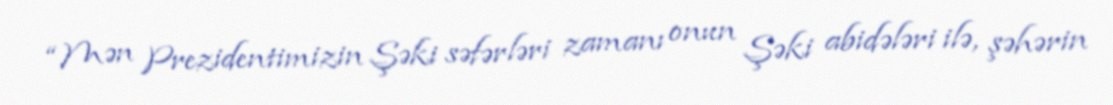
“Mən Prezidentimizin Şəki səfərləri zamanı onun Şəki abidələri ilə, şəhərin